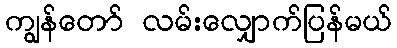
ကျွန်တော် လမ်းလျှောက်ပြန်မယ်